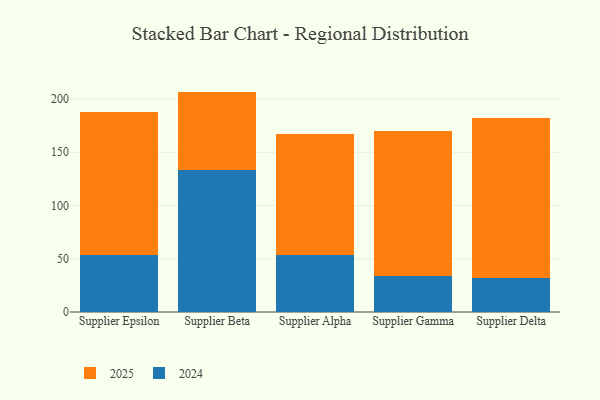
{"axis": {"x": "Supplier", "y": "Backlog"}, "legend": ["2024", "2025"], "data": [{"x": "Supplier Epsilon", "y": 53.3, "type": "2024"}, {"x": "Supplier Epsilon", "y": 134.1, "type": "2025"}, {"x": "Supplier Beta", "y": 133.1, "type": "2024"}, {"x": "Supplier Beta", "y": 73.9, "type": "2025"}, {"x": "Supplier Alpha", "y": 53.2, "type": "2024"}, {"x": "Supplier Alpha", "y": 113.9, "type": "2025"}, {"x": "Supplier Gamma", "y": 33.4, "type": "2024"}, {"x": "Supplier Gamma", "y": 136.9, "type": "2025"}, {"x": "Supplier Delta", "y": 32.1, "type": "2024"}, {"x": "Supplier Delta", "y": 149.9, "type": "2025"}]}